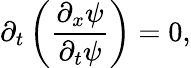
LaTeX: \partial_{t}\left(\frac{\partial_{x}\psi}{\partial_{t}\psi}\right)=0,